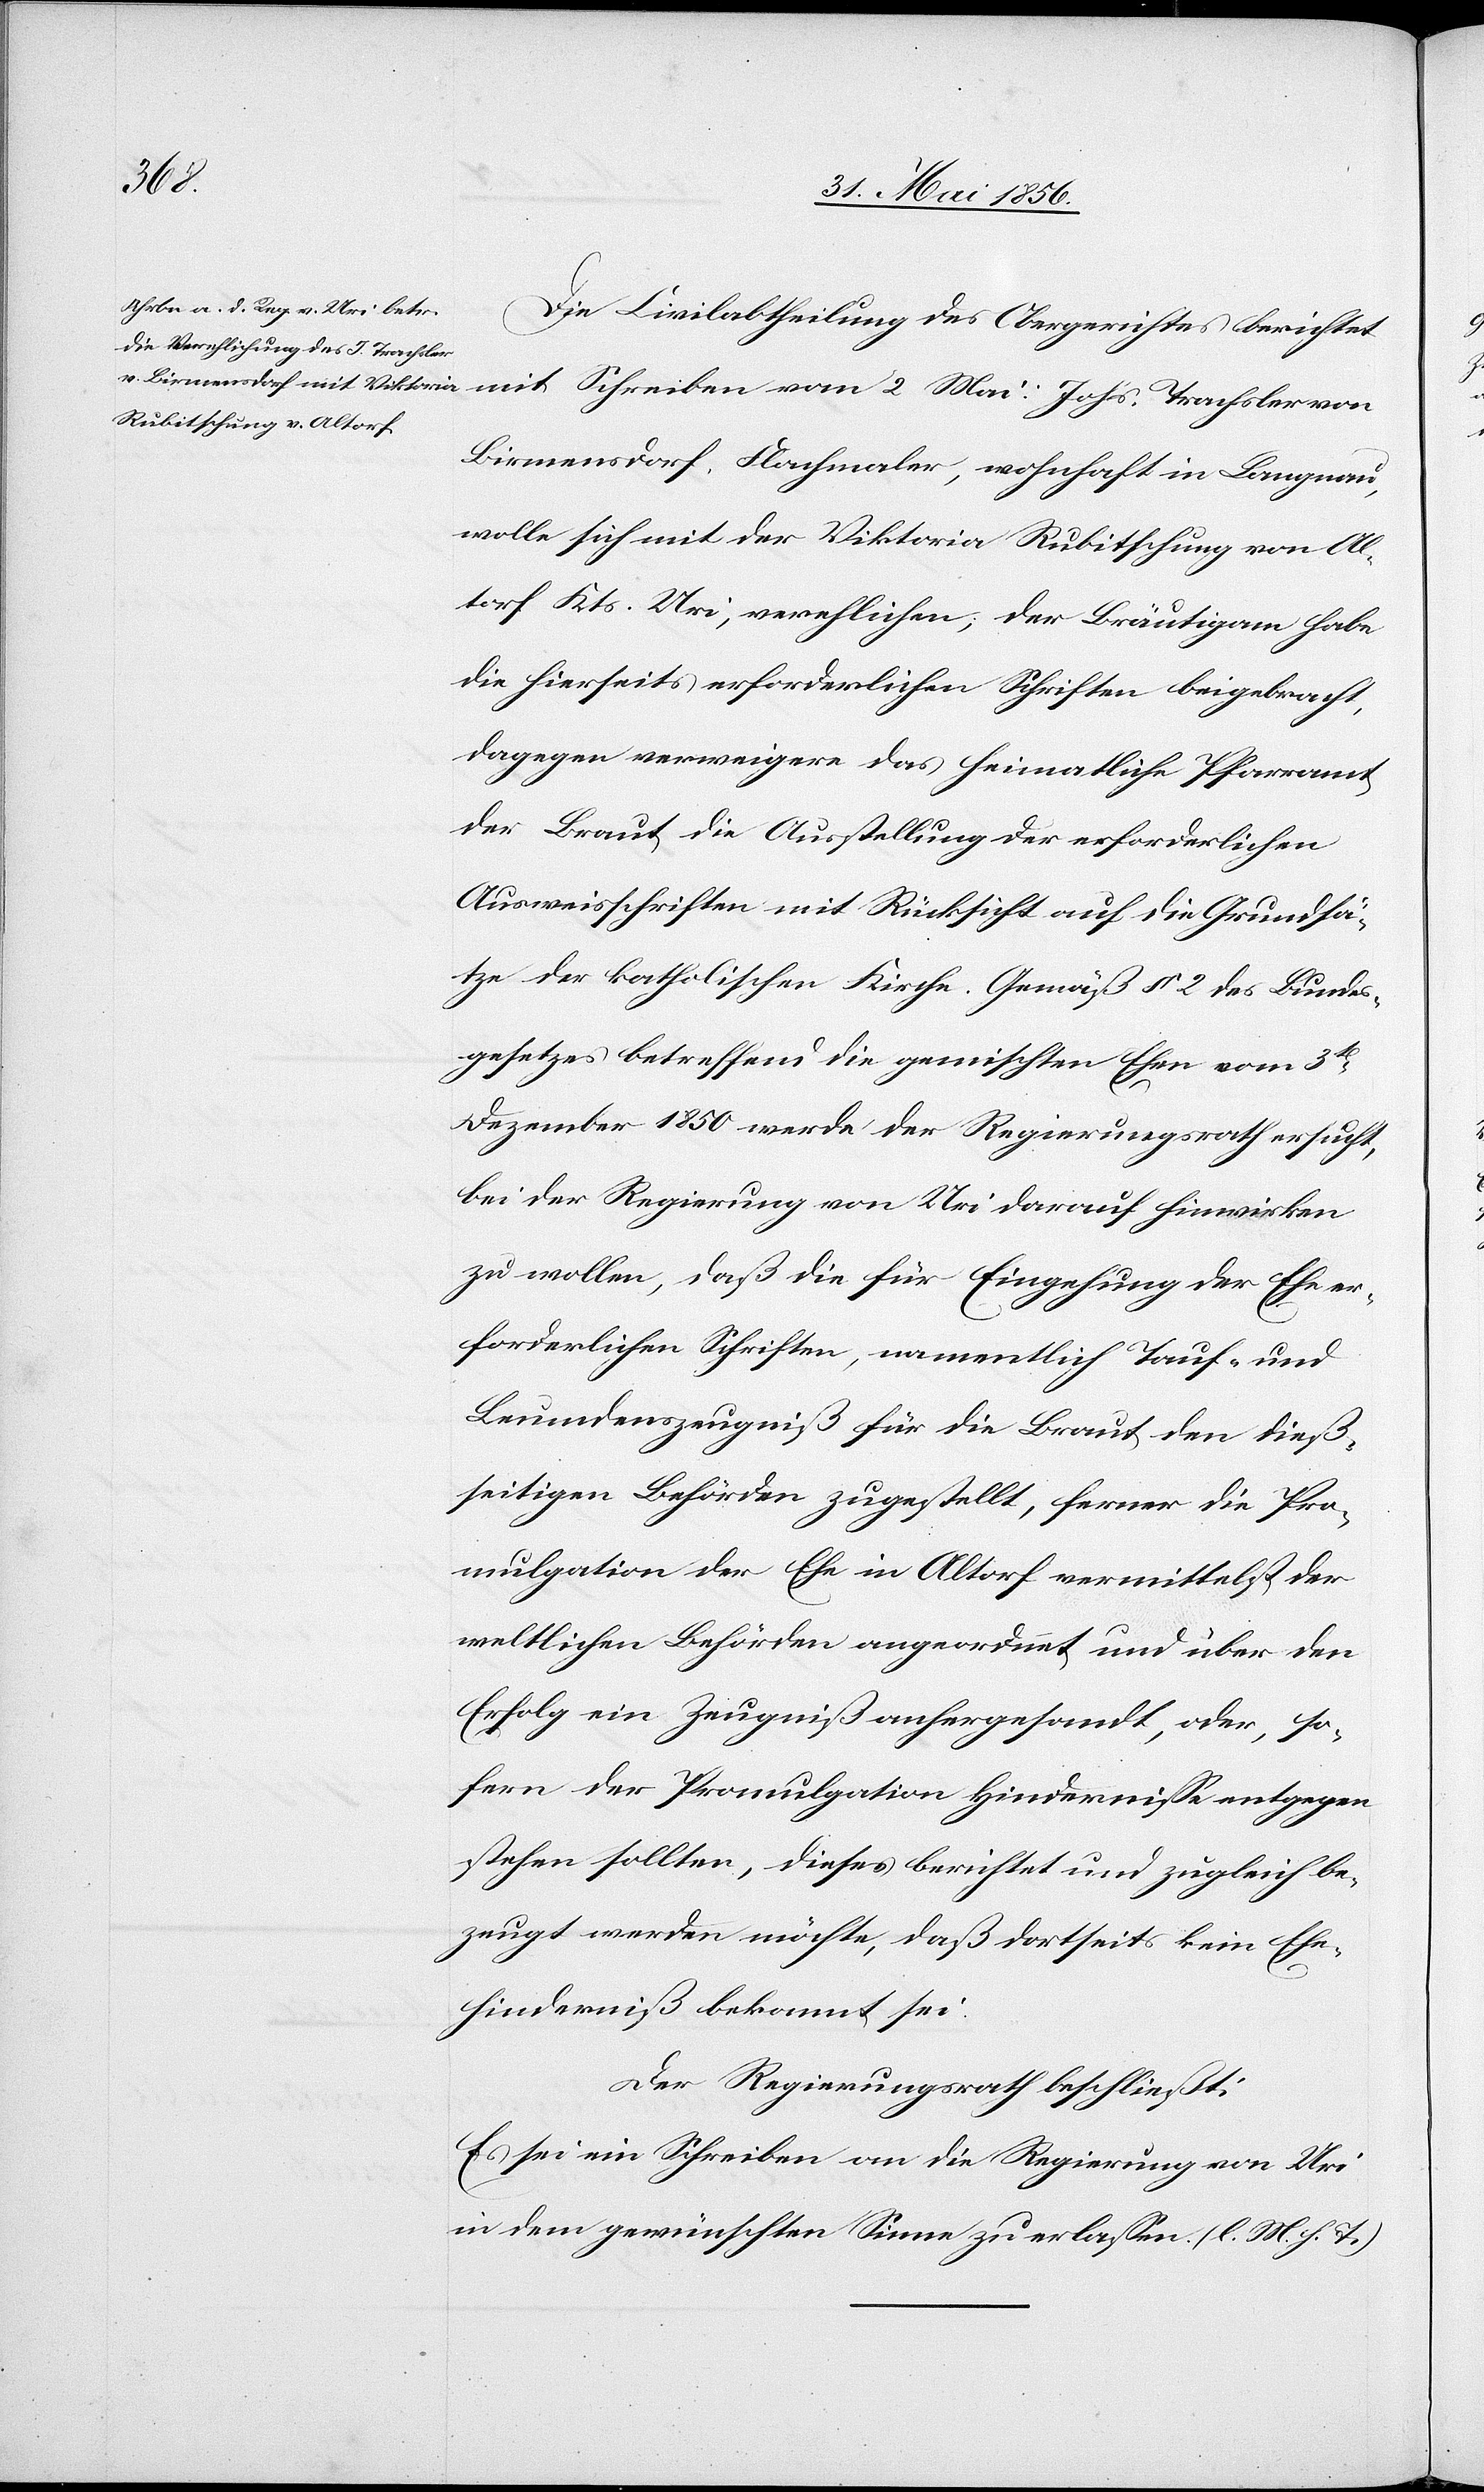
von
Die Civilabtheilung des Obergerichtes berichtet
Birmensdorf, Flachmaler, wohnhaft in Langnau,
wolle sich mit der Viktoria Rubitschung von Al¬
torf Kts. Uri, verehlichen; der Bräutigam habe
die hierseits erforderlichen Schriften beigebracht,
dagegen verweigere das heimatliche Pfarramt
der Braut die Ausstellung der erforderlichen
Ausweisschriften mit Rücksicht auf die Grundsä¬
tze der katholischen Kirche. Gemäß § 2 des Bundes¬
gesetzes betreffend die gemischten Ehen vom 3t
Dezember 1850 werde der Regierungsrath ersucht,
bei der Regierung von Uri darauf hinwirken
zu wollen, daß die für Eingehung der Ehe er¬
forderlichen Schriften, namentlich Tauf- und
Leumdenzeugniß für die Braut den dieß¬
seitigen Behörden zugestellt, ferner die Pro¬
mulgation der Ehe in Altorf vermittelst der
weltlichen Behörden angeordnet und über den
Erfolg ein Zeugniß anhergesandt, oder, so¬
fern der Promulgation Hindernisse entgegen
stehen sollten, dieses berichtet und zugleich be¬
zeugt werden möchte, daß dortseits kein Ehe¬
hinderniß bekannt sei.
Der Regierungsrath beschließt:
Es sei ein Schreiben an die Regierung von Uri
in dem gewünschten Sinne zu erlassen. (l. M. h. T.)